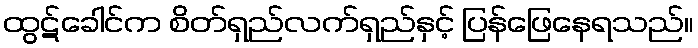
ထွဋ်ခေါင်က စိတ်ရှည်လက်ရှည်နှင့် ပြန်ဖြေနေရသည်။